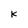
Character: K